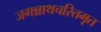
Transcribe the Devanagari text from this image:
जगन्नाथचरितमृत